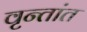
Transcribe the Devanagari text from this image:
वृन्तांत